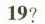
19?